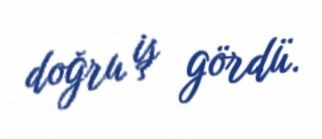
doğru iş gördü.